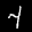
Label: 4